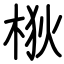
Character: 梑